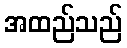
အထည်သည်